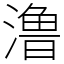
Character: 澛